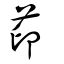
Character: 茚